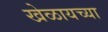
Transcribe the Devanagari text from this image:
खेळायच्या